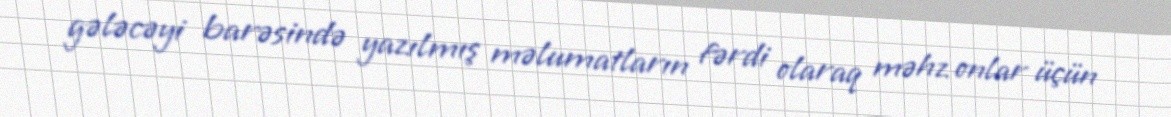
gələcəyi barəsində yazılmış məlumatların fərdi olaraq məhz onlar üçün